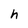
Character: h